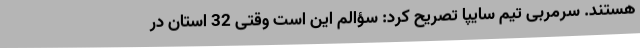
هستند. سرمربی تیم سایپا تصریح کرد: سؤالم این است وقتی 32 استان در